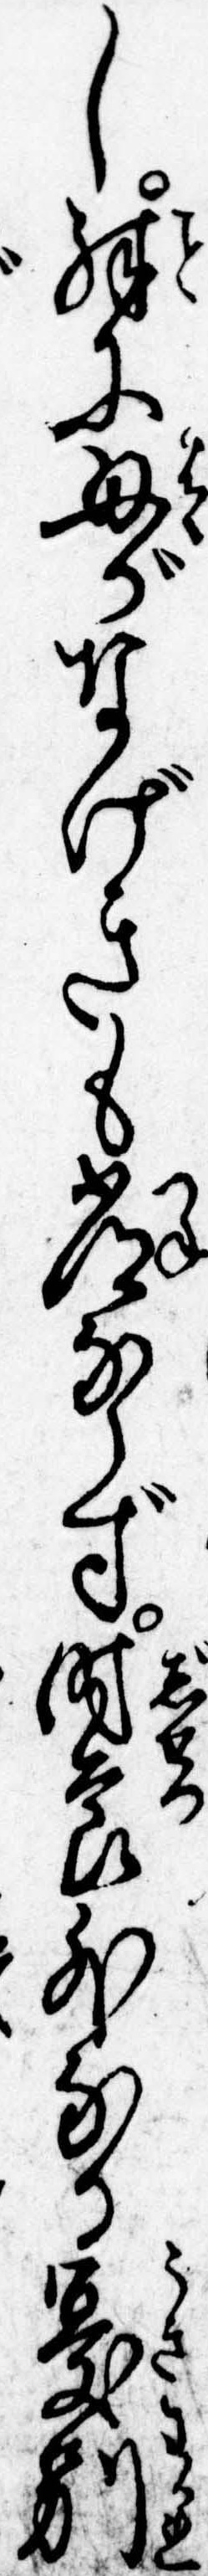
し殊に母がなげきも常ならず時節外なる憂別